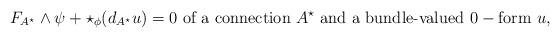
LaTeX: \begin{align*}F_{A^{\star}}\wedge \psi+\star_{\phi}(d_{A^{\star}}u)=0\ \textrm{of a connection}\ A^{\star}\ \textrm{and a bundle-valued}\ 0- \textrm{form}\ u, \end{align*}